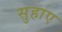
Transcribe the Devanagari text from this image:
सुहाए